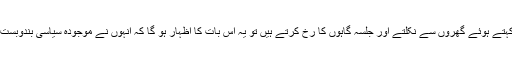
اگر آج لاہور، کراچی، پشاور اور کوئٹہ میں، عوام اپوزیشن کی پکار پر لبیک کہتے ہوئے گھروں سے نکلتے اور جلسہ گاہوں کا رخ کرتے ہیں تو یہ اس بات کا اظہار ہو گا کہ انہوں نے موجودہ سیاسی بندوبست کو مسترد کر دیا ہے‘ جسے 25 جولائی 2018ء کو مسندِ اقتدار حاصل ہوئی۔